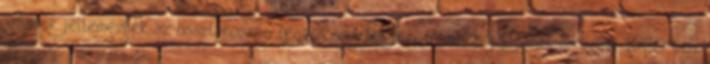
arányok jellemezték az összlakosság legalacsonyabb jövedelmű csoportjának lakásait 1985-ben.